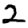
Digit: 2